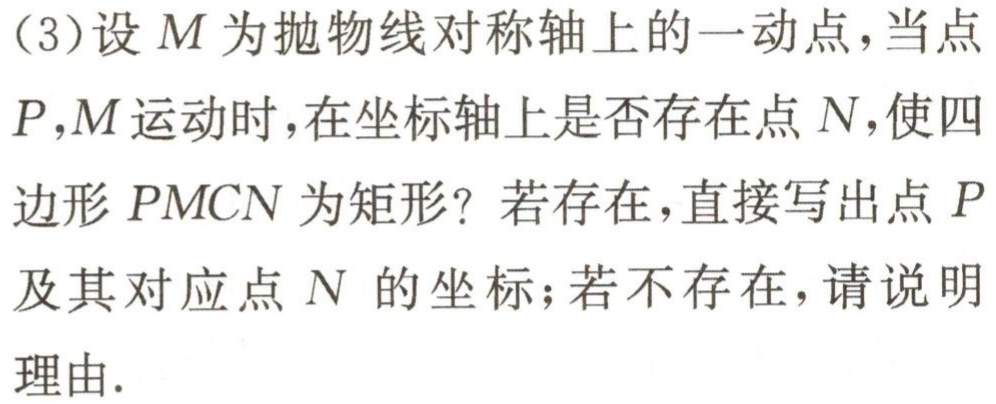
(3)设\(M\)为抛物线对称轴上的一动点，当点\(P,M\)运动时，在坐标轴上是否存在点\(N\)，使四边形\(PMCN\)为矩形？若存在，直接写出点\(P\)及其对应点\(N\) 的坐标；若不存在，请说明理由.